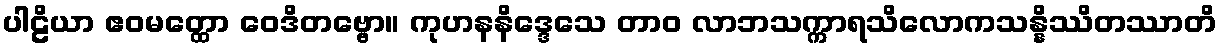
ပါဠိယာ ဧဝမတ္ထော ဝေဒိတဗ္ဗော။ ကုဟနနိဒ္ဒေသေ တာဝ လာဘသက္ကာရသိလောကသန္နိဿိတဿာတိ